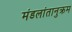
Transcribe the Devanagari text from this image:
मंडलांतानुक्रम